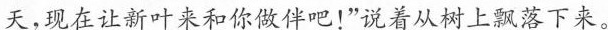
天，现在让新叶来和你做伴吧！”说着从树上飘落下来。